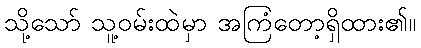
သို့သော် သူ့ဝမ်းထဲမှာ အကြံတော့ရှိထား၏။